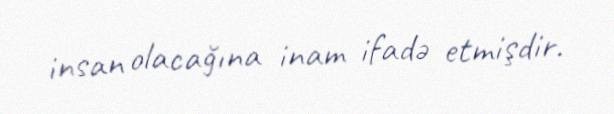
insan olacağına inam ifadə etmişdir.